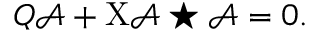
{ \cal Q } \mathcal { A } + \mathrm { X } \mathcal { A } \star \mathcal { A } = 0 .